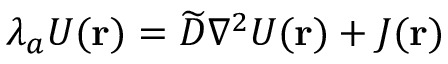
\lambda _ { a } U ( { \bf r } ) = \widetilde D \nabla ^ { 2 } U ( { \bf r } ) + { \cal J } ( { \bf r } )